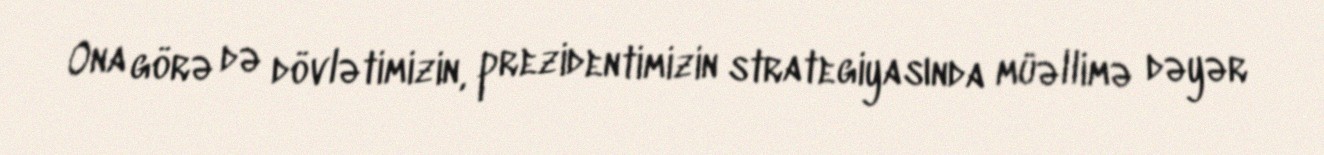
Ona görə də dövlətimizin, prezidentimizin strategiyasında müəllimə dəyər